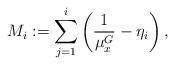
LaTeX: \begin{align*}M_i:=\sum_{j=1}^{i} \left(\frac{1}{\mu_x^G}-\eta_i\right),\end{align*}